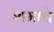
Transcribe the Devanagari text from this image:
शमाचे